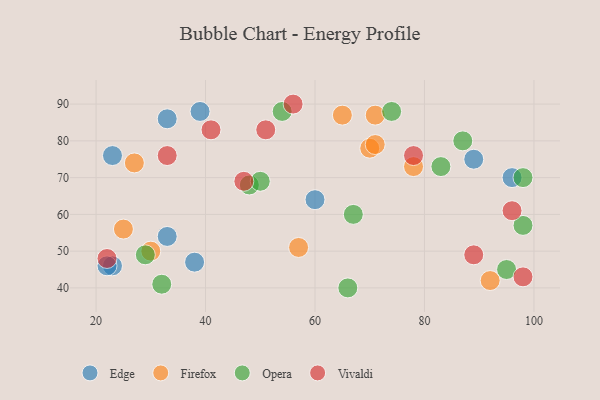
{"axis": {"x": "GDP", "y": "Life Expectancy"}, "legend": ["Edge", "Firefox", "Opera", "Vivaldi"], "data": [{"x": "96", "y": 70, "type": "Edge"}, {"x": "33", "y": 86, "type": "Edge"}, {"x": "38", "y": 47, "type": "Edge"}, {"x": "33", "y": 54, "type": "Edge"}, {"x": "60", "y": 64, "type": "Edge"}, {"x": "23", "y": 46, "type": "Edge"}, {"x": "23", "y": 76, "type": "Edge"}, {"x": "39", "y": 88, "type": "Edge"}, {"x": "89", "y": 75, "type": "Edge"}, {"x": "22", "y": 46, "type": "Edge"}, {"x": "57", "y": 51, "type": "Firefox"}, {"x": "65", "y": 87, "type": "Firefox"}, {"x": "92", "y": 42, "type": "Firefox"}, {"x": "71", "y": 87, "type": "Firefox"}, {"x": "27", "y": 74, "type": "Firefox"}, {"x": "30", "y": 50, "type": "Firefox"}, {"x": "78", "y": 73, "type": "Firefox"}, {"x": "25", "y": 56, "type": "Firefox"}, {"x": "70", "y": 78, "type": "Firefox"}, {"x": "71", "y": 79, "type": "Firefox"}, {"x": "48", "y": 68, "type": "Opera"}, {"x": "67", "y": 60, "type": "Opera"}, {"x": "66", "y": 40, "type": "Opera"}, {"x": "87", "y": 80, "type": "Opera"}, {"x": "98", "y": 57, "type": "Opera"}, {"x": "74", "y": 88, "type": "Opera"}, {"x": "98", "y": 70, "type": "Opera"}, {"x": "29", "y": 49, "type": "Opera"}, {"x": "83", "y": 73, "type": "Opera"}, {"x": "32", "y": 41, "type": "Opera"}, {"x": "54", "y": 88, "type": "Opera"}, {"x": "95", "y": 45, "type": "Opera"}, {"x": "50", "y": 69, "type": "Opera"}, {"x": "41", "y": 83, "type": "Vivaldi"}, {"x": "96", "y": 61, "type": "Vivaldi"}, {"x": "22", "y": 48, "type": "Vivaldi"}, {"x": "78", "y": 76, "type": "Vivaldi"}, {"x": "89", "y": 49, "type": "Vivaldi"}, {"x": "98", "y": 43, "type": "Vivaldi"}, {"x": "33", "y": 76, "type": "Vivaldi"}, {"x": "56", "y": 90, "type": "Vivaldi"}, {"x": "47", "y": 69, "type": "Vivaldi"}, {"x": "51", "y": 83, "type": "Vivaldi"}]}